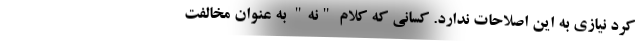
کرد نیازی به این اصلاحات ندارد. کسانی که کلام "نه" به عنوان مخالفت